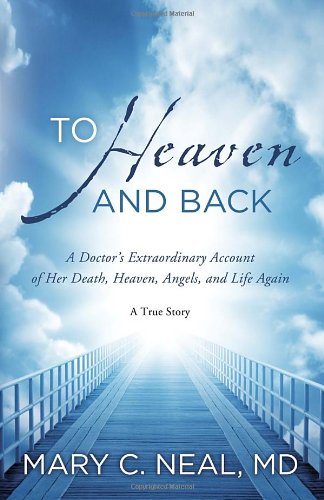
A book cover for To Heaven and Back: A Doctor's Extraordinary Account of Her Death, Heaven, Angels, and Life Again: A True Story; Mary C. Neal; Biographies & Memoirs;